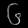
Digit: ၆